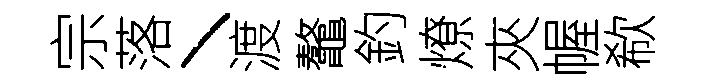
宗落丶渡鼇釣燎夾幄欷